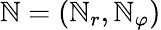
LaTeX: \boldsymbol{\mathbb{N}}=(\mathbb{N}_{r},\mathbb{N}_{\varphi})